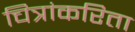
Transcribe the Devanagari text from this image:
चित्रांकरिता